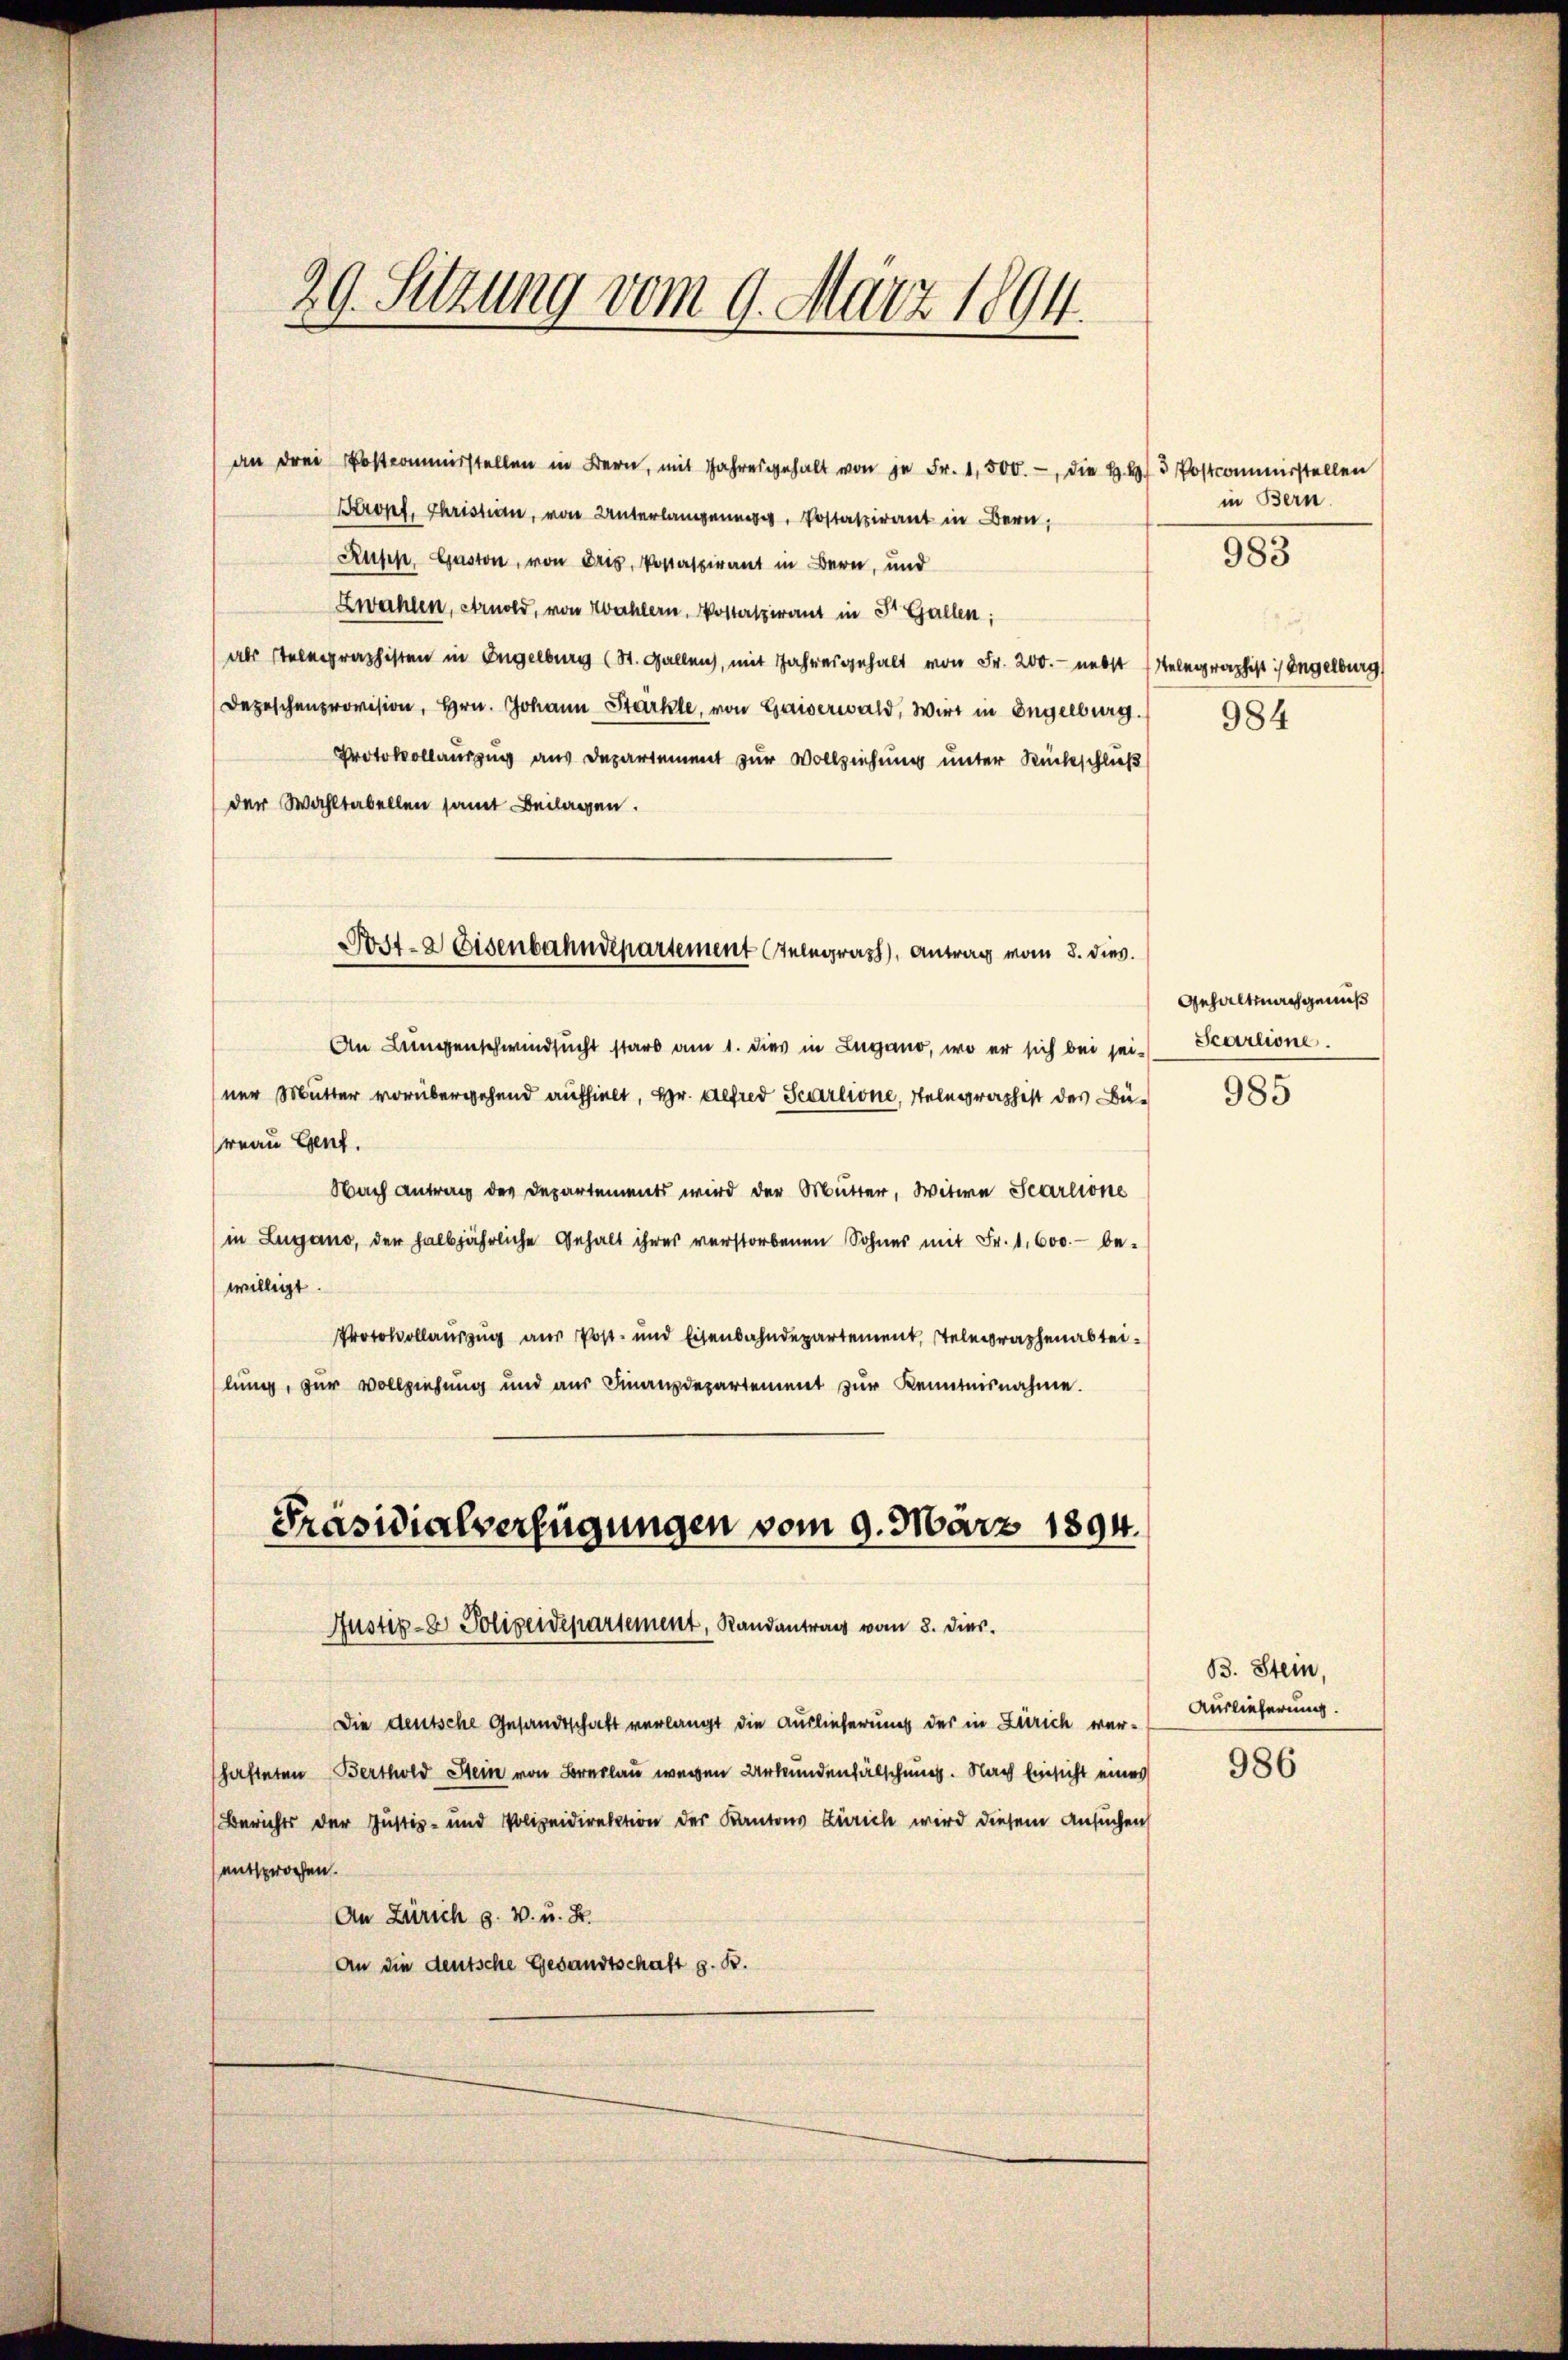
29. Setzung vom 9. März 1894.

Kropf, Christian, von Unterlangenug, Postatirant in Bern,
Rupp, Guston, von Dris, Postaspirant in Bern, und
Zwahlen, Arnold, von Wohlern. Postspirant in Dr. Gallen:
(als stelegraphisten in Engelburg (St. Gallen, mit Jahresgehalt von Fr. 200.- nebst Telegraphist :/ Engelburg
Depeschenprovision, Hrn. Johann Stärkte, von Gaiserwald, Wirt in Engelburg.
Protokollauszug aus Departement zur Vollziehung unter Rückschließ
der Wahltabellen samt Beilagen.
An Lungenschwindsucht starb am 1. dies in Lugano, wo er sich bei sei-
ner Mutter vorübergehend aufhielt, Hr. Alfred Scarlione, Telegraphist des Bereau Genf.
Nach Antrag der Departements wird der Mutter, Witwe Scarione
in Lugano, der halbjährliche Gehalt ihres verstorbenen Sohnes mit Fr. 1,600.- be-
willigt
Protokollauszug aus Post- und Eisenbahndepartement, telegraphenabteilung, zur Vollziehung und aus Finanzdepartement zŭr Kenntnisnahme.

an drei Postcommisstellen in Bern, mit Jahresgehalt von je Fr. 1,500.-, die H.H. 3 Postcommisstellen

Post- & Eisenbahndepartement Telegraph, Antrag vom 8. dies.

Präsidialverfügungen vom 9. März 1894.
Justiz- & Polizeidepartement, Randantrag vom 8. dies

Die deutsche Gesandtschaft verlangt die Auslieferung der in Zürich verhafteten Berthold Stein von Bre wegen Urkundenfälschung. Nach Einsicht eines
Berichts der Justiz- und Polizeidirektion des Kantons Zürich wird diesem Ansuchen
entsprochen.
An Zürich z. v. u. B.
An die deutsche Gesandtschaft z. B.

in Bern.
985

984

Gehalt nachgenuß
Scarlione.

985

B. Stein,
Auslieferung.

986